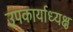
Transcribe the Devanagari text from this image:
उपकार्याध्यक्ष